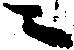
ニ